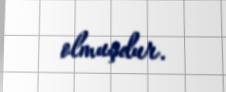
olmuşdur.